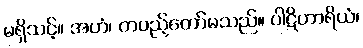
မရှိသင့်။ အဟံ၊ တပည့်တော်မသည်။ ပါဋိဟာရိယံ၊